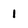
Character: 1